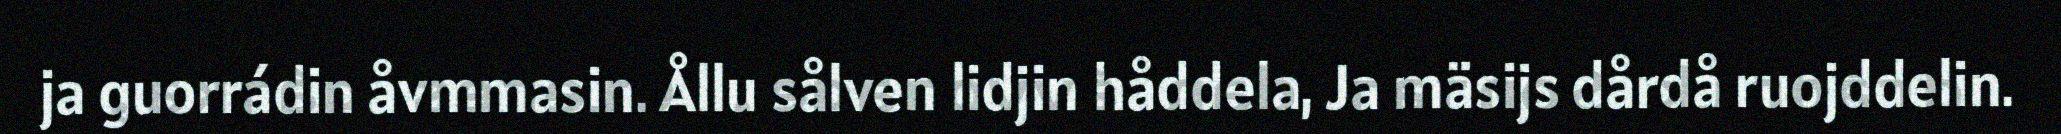
ja guorrádin åvmmasin. Ållu sålven lidjin håddela, Ja mäsijs dårdå ruojddelin.